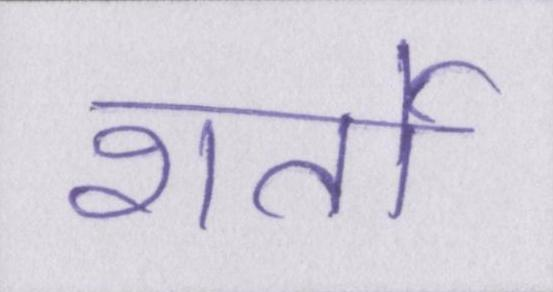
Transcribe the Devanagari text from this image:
शर्तो